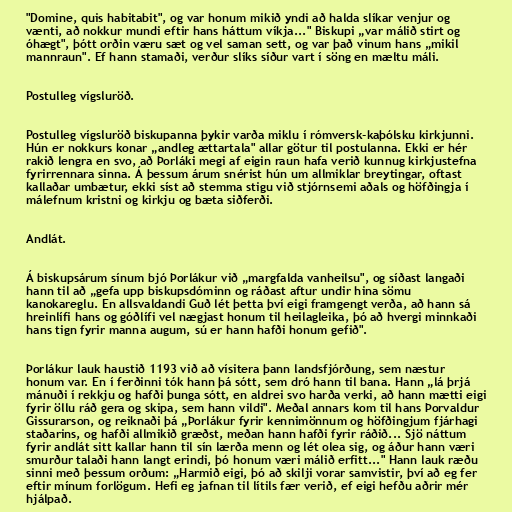
"Domine, quis habitabit", og var honum mikið yndi að halda slíkar venjur og
vænti, að nokkur mundi eftir hans háttum víkja..." Biskupi „var málið stirt og
óhægt", þótt orðin væru sæt og vel saman sett, og var það vinum hans „mikil
mannraun". Ef hann stamaði, verður slíks síður vart í söng en mæltu máli.

Postulleg vígsluröð.

Postulleg vígsluröð biskupanna þykir varða miklu í rómversk-kaþólsku kirkjunni.
Hún er nokkurs konar „andleg ættartala" allar götur til postulanna. Ekki er hér
rakið lengra en svo, að Þorláki megi af eigin raun hafa verið kunnug kirkjustefna
fyrirrennara sinna. Á þessum árum snérist hún um allmiklar breytingar, oftast
kallaðar umbætur, ekki síst að stemma stigu við stjórnsemi aðals og höfðingja í
málefnum kristni og kirkju og bæta siðferði.

Andlát.

Á biskupsárum sínum bjó Þorlákur við „margfalda vanheilsu", og síðast langaði
hann til að „gefa upp biskupsdóminn og ráðast aftur undir hina sömu
kanokareglu. En allsvaldandi Guð lét þetta því eigi framgengt verða, að hann sá
hreinlífi hans og góðlífi vel nægjast honum til heilagleika, þó að hvergi minnkaði
hans tign fyrir manna augum, sú er hann hafði honum gefið".

Þorlákur lauk haustið 1193 við að vísitera þann landsfjórðung, sem næstur
honum var. En í ferðinni tók hann þá sótt, sem dró hann til bana. Hann „lá þrjá
mánuði í rekkju og hafði þunga sótt, en aldrei svo harða verki, að hann mætti eigi
fyrir öllu ráð gera og skipa, sem hann vildi". Meðal annars kom til hans Þorvaldur
Gissurarson, og reiknaði þá „Þorlákur fyrir kennimönnum og höfðingjum fjárhagi
staðarins, og hafði allmikið græðst, meðan hann hafði fyrir ráðið... Sjö náttum
fyrir andlát sitt kallar hann til sín lærða menn og lét olea sig, og áður hann væri
smurður talaði hann langt erindi, þó honum væri málið erfitt..." Hann lauk ræðu
sinni með þessum orðum: „Harmið eigi, þó að skilji vorar samvistir, því að eg fer
eftir mínum forlögum. Hefi eg jafnan til lítils fær verið, ef eigi hefðu aðrir mér
hjálpað.